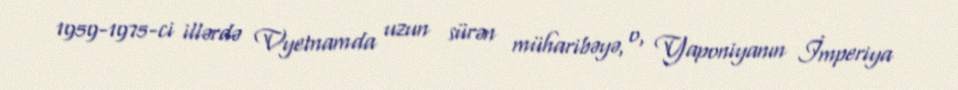
1959-1975-ci illərdə Vyetnamda uzun sürən müharibəyə, o, Yaponiyanın İmperiya